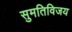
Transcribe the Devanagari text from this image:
सुमतिविजय